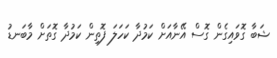
ޝަބާ ގޮވައިގެން ގޮސް އޭނާއަށް ކަމުދާ ކަހަލަ ފޮތިން ކަމުދާ ގޮތަށް މާބަނޑު